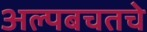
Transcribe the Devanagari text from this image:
अल्पबचतचे